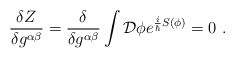
\begin{align*}\frac{\delta Z}{\delta g^{\alpha \beta }}=\frac{\delta }{\delta g^{\alpha\beta }}\int {\cal D}\phi e^{\frac{i}{\hbar}S(\phi )}=0\ .\end{align*}